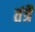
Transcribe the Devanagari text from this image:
तंत्रै